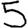
Digit: 5